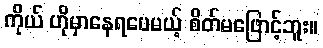
ကိုယ် ဟိုမှာနေရပေမယ့် စိတ်မဖြောင့်ဘူး။